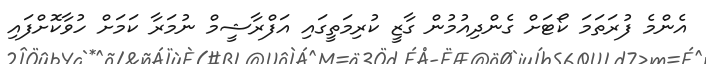
އެންމެ ފުރަތަމަ ކޯޓަށް ގެންދިއުމުން ގާޒީ ކުރިމަތީގައި އަފްރާޝީމް ނުމަރާ ކަމަށް ހުވާކޮށްފައި